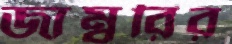
জাম্বুরির